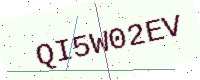
Text: QI5W02EV